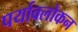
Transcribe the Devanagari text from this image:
पर्यावलोकन